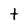
Character: t